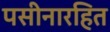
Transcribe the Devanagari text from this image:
पसीनारहित